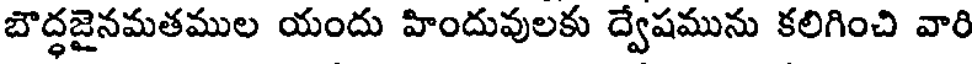
బౌద్ధజైనమతముల యందు హిందువులకు ద్వేషమును కలిగించి వారి